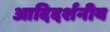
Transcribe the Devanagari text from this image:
आदिदर्शनीय